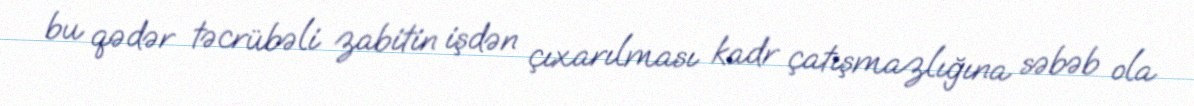
bu qədər təcrübəli zabitin işdən çıxarılması kadr çatışmazlığına səbəb ola